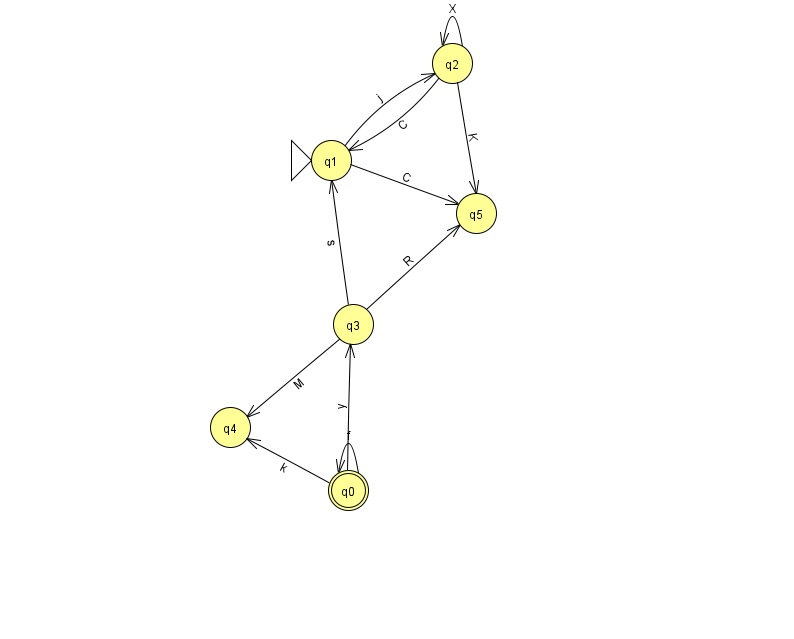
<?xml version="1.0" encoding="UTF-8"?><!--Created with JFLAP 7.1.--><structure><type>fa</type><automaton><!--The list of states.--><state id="0" name="q0"><x>348.0</x><y>477.0</y><final/></state><state id="1" name="q1"><x>331.0</x><y>147.0</y><initial/></state><state id="2" name="q2"><x>452.0</x><y>50.0</y></state><state id="3" name="q3"><x>353.0</x><y>311.0</y></state><state id="4" name="q4"><x>230.0</x><y>414.0</y></state><state id="5" name="q5"><x>476.0</x><y>200.0</y></state><!--The list of transitions.--><transition><from>0</from><to>3</to><read>y</read></transition><transition><from>1</from><to>2</to><read>j</read></transition><transition><from>0</from><to>4</to><read>k</read></transition><transition><from>0</from><to>0</to><read>f</read></transition><transition><from>3</from><to>5</to><read>R</read></transition><transition><from>2</from><to>2</to><read>X</read></transition><transition><from>3</from><to>4</to><read>M</read></transition><transition><from>2</from><to>1</to><read>C</read></transition><transition><from>2</from><to>5</to><read>K</read></transition><transition><from>1</from><to>5</to><read>C</read></transition><transition><from>3</from><to>1</to><read>s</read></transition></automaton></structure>